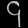
Digit: ၄